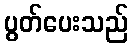
ပွတ်ပေးသည်